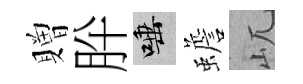
贈肸唾蟾屼